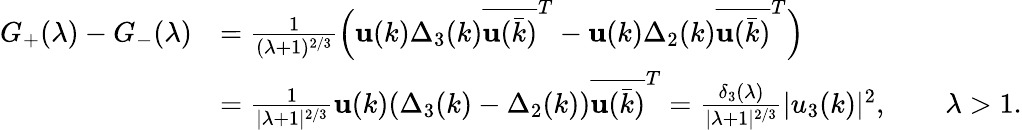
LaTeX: \begin{array}{rl}{G_{+}(\lambda)-G_{-}(\lambda)}&{=\frac{1}{(\lambda+1)^{2/3}}\Big(\mathbf{u}(k)\Delta_{3}(k)\overline{{\mathbf{u}(\bar{k})}}^{T}-\mathbf{u}(k)\Delta_{2}(k)\overline{{\mathbf{u}(\bar{k})}}^{T}\Big)}\\ &{=\frac{1}{|\lambda+1|^{2/3}}\mathbf{u}(k)(\Delta_{3}(k)-\Delta_{2}(k))\overline{{\mathbf{u}(\bar{k})}}^{T}=\frac{\delta_{3}(\lambda)}{|\lambda+1|^{2/3}}|u_{3}(k)|^{2},\qquad\lambda>1.}\end{array}